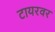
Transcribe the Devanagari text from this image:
टायरवर